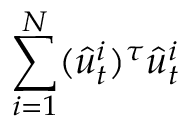
\sum _ { i = 1 } ^ { N } ( \hat { u } _ { t } ^ { i } ) ^ { \tau } \hat { u } _ { t } ^ { i }